Scottish Leaving Certificate Examination, 1957
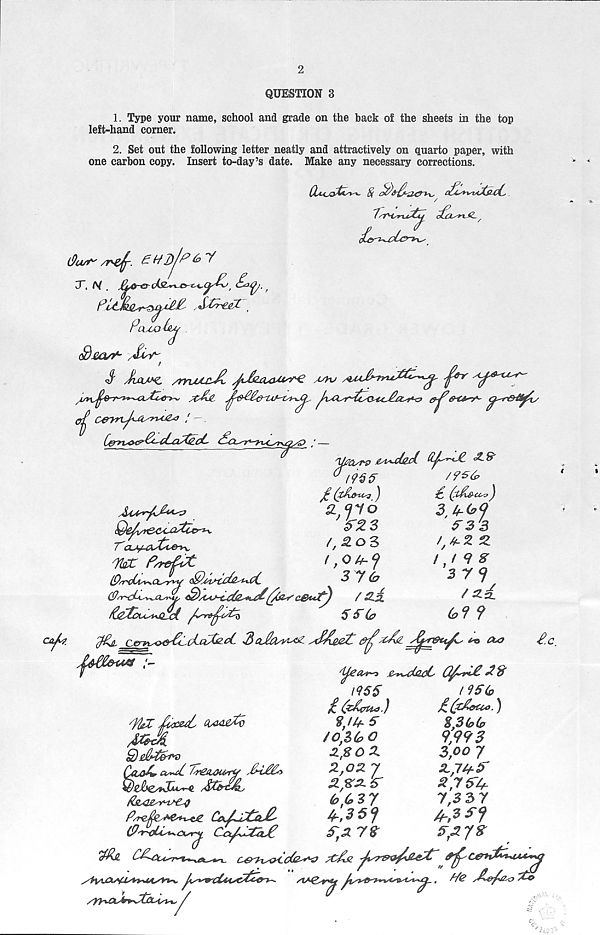
QUESTION 3
one
1. Type your name, school and grade on the back of the sheets in the top
left-hand corner.
2. Set out the following letter neatly and attractively on quarto paper, with
carbon copy. Insert to-day’s date. Make any necessary corrections.
/
flour/rvf.
X, A/ .
,
PcUjQMJs
od&z/r /JpT'
$ XtXAC /rrvUcJl
ashj
'WasTV &t+-cLlcl. (U^L& cZ-S"
Ppe^e^^uutlcr^y.
TlbC P/refut
•■
V
(7)' -
flsrcbu*s.<Xs7^U QphnStJp&^cC.
■ —
(0sY~d~i^Xs>y.
(/far' C&ufy
/
Jj
/?*-/-
l?$t>
j£(t&yu^)
^,970
(,£oZ
(,0^^
sy(o
Sfb
£ (t&e-uv)
<3>6?
fs's
I i q %
3 7 I
/Zil
G9 ?
ftji ce-v^>r€ici.aXe-cC 3
^z/oi Jfr&t^
/ (^€(Ut~o £™a&k£ 0^n£ <3 &
/ }UC
(UKLeXv
M
Qe&T&rv
QcloAp a~u£. Z^lOUrU
(p■ i^cUs^cxsrv Cct^flXivC
1955
fc&Cua.)
vjth 5
/O^bO
Z,SOZ
2,02 7
2^2-S'
^36<f
$-.2 7$
/95(o
£(zkerU4.)
% 3 (o(t>
9,993
3oo 7
2,7^
7,3 37
A-,3
/yy\&sb>\7jXA/i^s
e